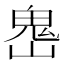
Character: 𩲈